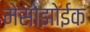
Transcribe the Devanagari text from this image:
मेसोझोईक